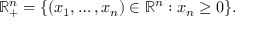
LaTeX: \mathbb R _ { + } ^ { n } = \{ ( x _ { 1 } , \ldots , x _ { n } ) \in \mathbb R ^ { n } : x _ { n } \ge 0 \} .